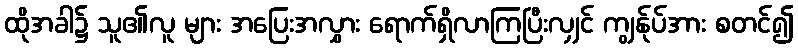
ထိုအခါ၌ သူ၏လူ များ အပြေးအလွှား ရောက်ရှိလာကြပြီးလျှင် ကျွန်ုပ်အား စတင်၍